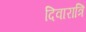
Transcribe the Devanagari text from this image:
दिवारात्रि